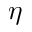
\eta